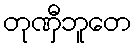
တုဏှီဘူတေ